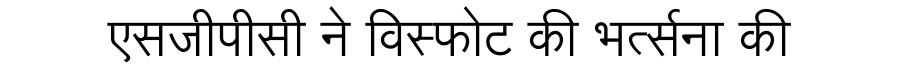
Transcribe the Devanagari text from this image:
एसजीपीसी ने विस्फोट की भर्त्सना की